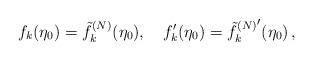
LaTeX: \begin{align*}f_k(\eta_0)=\tilde{f}_k^{(N)}(\eta_0), \quad f'_k(\eta_0)={\tilde{f}_k^{(N)^{\scriptstyle \prime}}}(\eta_0)\, ,\end{align*}